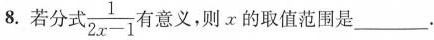
8.若分式 $$\frac { 1 } { 2 x - 1 }$$ 有意义，则x的取值范围是___.